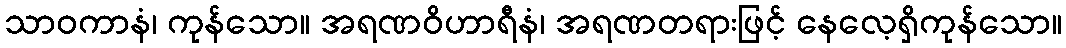
သာဝကာနံ၊ ကုန်သော။ အရဏဝိဟာရီနံ၊ အရဏတရားဖြင့် နေလေ့ရှိကုန်သော။